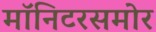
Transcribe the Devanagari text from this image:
मॉनिटरसमोर